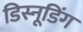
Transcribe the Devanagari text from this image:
डिस्नूडिंग